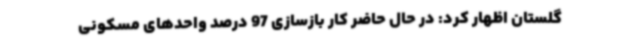
گلستان اظهار کرد: در حال حاضر کار بازسازی 97 درصد واحدهای مسکونی